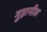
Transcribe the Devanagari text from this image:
गुहानील